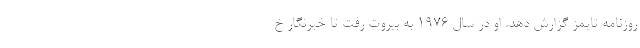
روزنامه تایمز گزارش دهد. او در سال ۱۹۷۶ به بیروت رفت تا خبرنگار خ